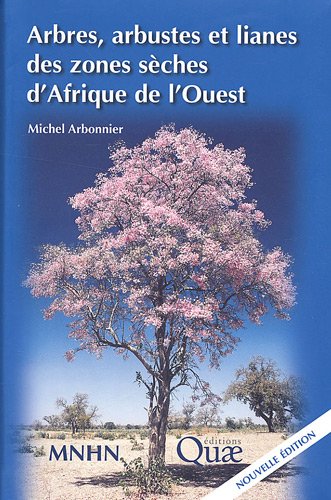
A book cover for Arbres, arbustes et lianes des zones sÃEÂ¨ches d'Afrique de l'Ouest (French Edition); Michel Arbonnier; Science & Math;